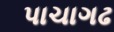
પાચાગઢ